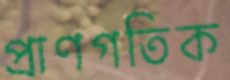
প্রাণগতিক